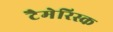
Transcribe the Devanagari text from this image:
टैमेरिस्क